Annual report of the Madras Medical College
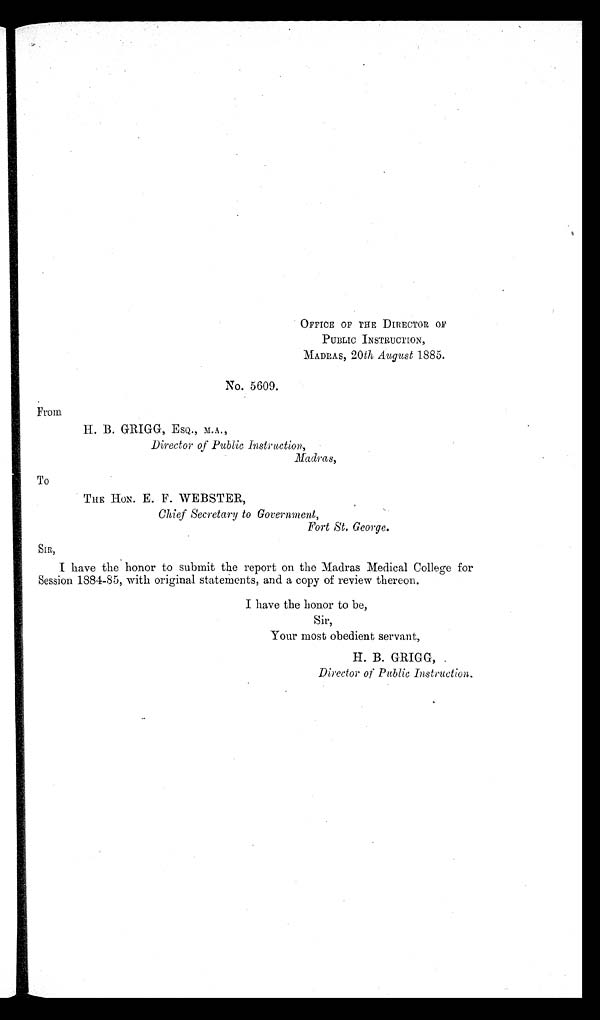
OFFICE OF THE DIRECTOR OF
PUBLIC INSTRUCTION,
MADRAS, 20 th August 1885.
No. 5609.
From
H. B. GRIGG, ESQ., M.A.,
Director of Public Instruction,
Madras,
To
THE HON. E. F. WEBSTER,
Chief Secretary to Government,
Fort St. George.
SIR,
I have the honor to submit the report on the Madras Medical College for
Session 1884-85, with original statements, and a copy of review thereon.
I have the honor to be,
Sir,
Your most obedient servant,
H. B. GRIGG,
Director of Public Instruction.